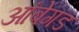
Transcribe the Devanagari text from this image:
आंबेगड